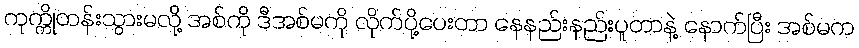
ကုက္ကိုတန်းသွားမလို့ အစ်ကို ဒီအစ်မကို လိုက်ပို့ပေးတာ နေနည်းနည်းပူတာနဲ့ နောက်ပြီး အစ်မက